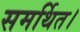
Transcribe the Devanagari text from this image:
समर्थित।